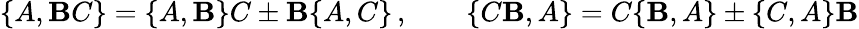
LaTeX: \{ A,\mathbf{B}C\} =\{ A,\mathbf{B}\} C\pm\mathbf{B}\{ A,C\} \, ,\qquad\{ C\mathbf{B},A\} =C\{ \mathbf{B},A\} \pm\{ C,A\} \mathbf{B}